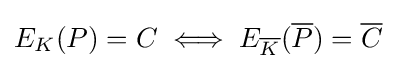
E_{K}(P)=C\iff E_{\overline {K}}({\overline {P}})={\overline {C}}